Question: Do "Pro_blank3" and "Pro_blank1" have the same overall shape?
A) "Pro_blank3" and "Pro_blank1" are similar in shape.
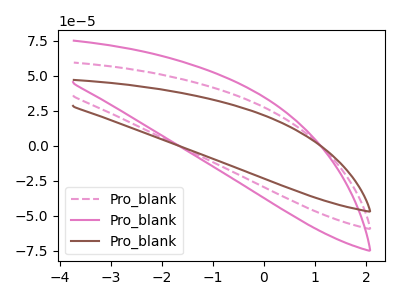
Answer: <think>The pink dashed curve "Pro_blank1" has no peaks. The pink curve "Pro_blank2" has no peaks. The brown curve "Pro_blank3" has no peaks.
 Neither "Pro_blank3" or "Pro_blank1" have any peaks.</think>
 <answer>A) "Pro_blank3" and "Pro_blank1" are similar in shape.</answer>
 <eval>A</eval>